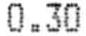
0.30